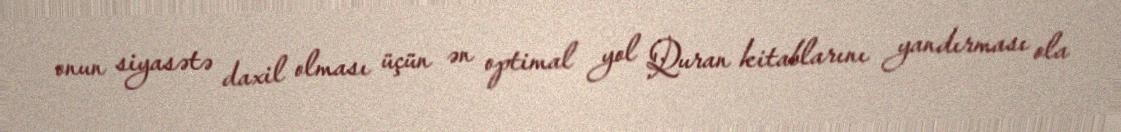
onun siyasətə daxil olması üçün ən optimal yol Quran kitablarını yandırması ola